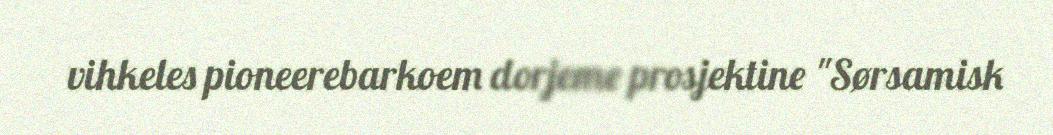
vihkeles pioneerebarkoem dorjeme prosjektine "Sørsamisk